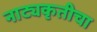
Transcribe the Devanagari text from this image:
नाट्यकृतीचा